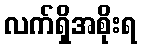
လက်ရှိအစိုးရ